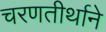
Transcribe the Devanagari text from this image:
चरणतीर्थाने